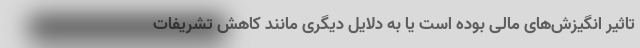
تاثیر انگیزش‌های مالی بوده است یا به دلایل دیگری مانند کاهش تشریفات